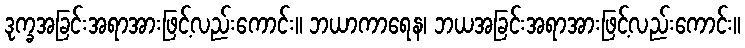
ဒုက္ခအခြင်းအရာအားဖြင့်လည်းကောင်း။ ဘယာကာရေန၊ ဘယအခြင်းအရာအားဖြင့်လည်းကောင်း။